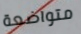
متواضعة